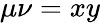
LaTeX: \mu\nu=xy